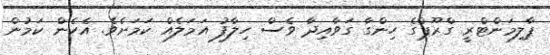
ޕާލިމަންޓްރީ ގްރޫޕްގެ ހިންގާ ގަވާއިދާ ވެސް ހިލާފު އަމަލެއް ކަމަށެވެ. އެހެން ކަމުން